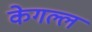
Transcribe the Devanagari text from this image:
केगल्ल